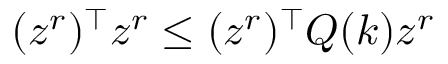
( z ^ { r } ) ^ { \top } z ^ { r } \leq ( z ^ { r } ) ^ { \top } Q ( k ) z ^ { r }